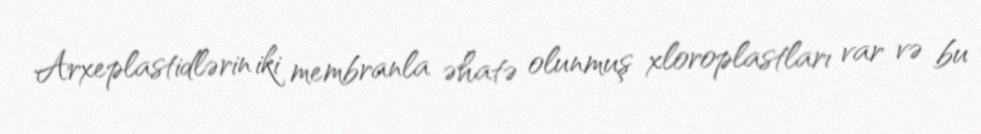
Arxeplastidlərin iki membranla əhatə olunmuş xloroplastları var və bu